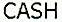
CASH